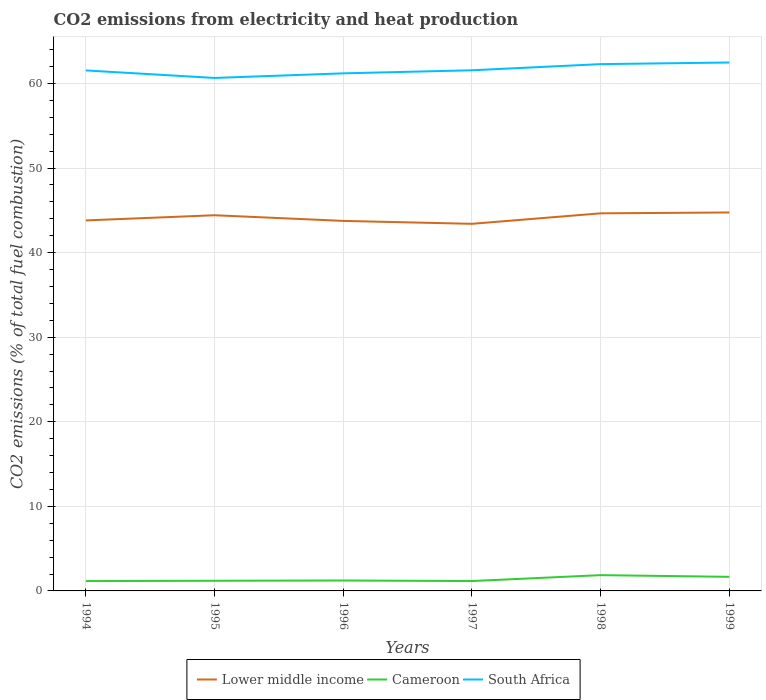
| Years | Lower middle income | Cameroon | South Africa |
 | --- | --- | --- | --- |
 | 1994 | 43.8 | 1.16 | 61.5 |
 | 1995 | 44.4 | 1.2 | 60.6 |
 | 1996 | 43.7 | 1.23 | 61.2 |
 | 1997 | 43.4 | 1.17 | 61.6 |
 | 1998 | 44.6 | 1.87 | 62.3 |
 | 1999 | 44.7 | 1.67 | 62.5 |